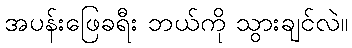
အပန်းဖြေခရီး ဘယ်ကို သွားချင်လဲ။